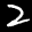
Label: 2